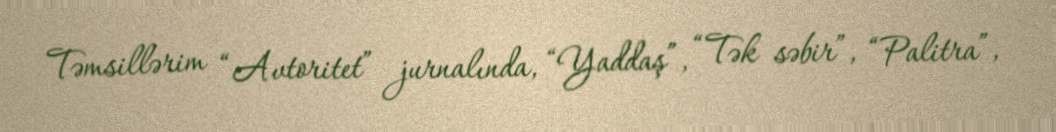
Təmsillərim “Avtoritet” jurnalında, “Yaddaş”, “Tək səbir”, “Palitra”,